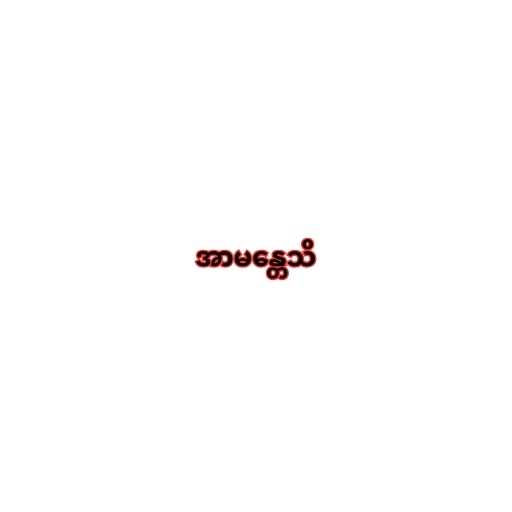
အာမန္တေသိ